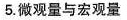
5.微观量与宏观量